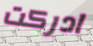
ادركت